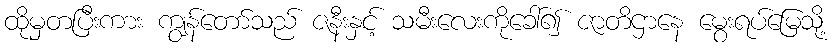
ထိုမှတပြီးကား ကျွန်တော်သည် ဇနီးနှင့် သမီးလေးကိုခေါ်၍ ဇာတိဌာနေ မွေးရပ်မြေသို့